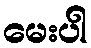
မေးပါ